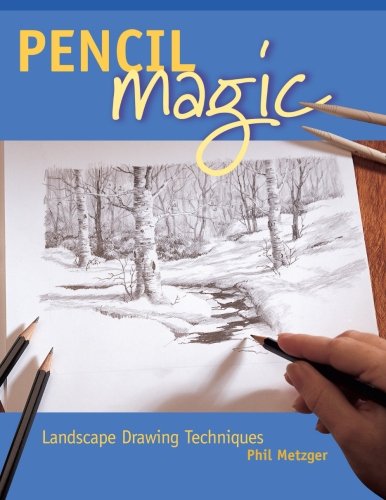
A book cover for Pencil Magic; Phil Metzger; Arts & Photography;